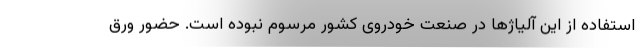
استفاده از این آلیاژها در صنعت خودروی کشور مرسوم نبوده است. حضور ورق